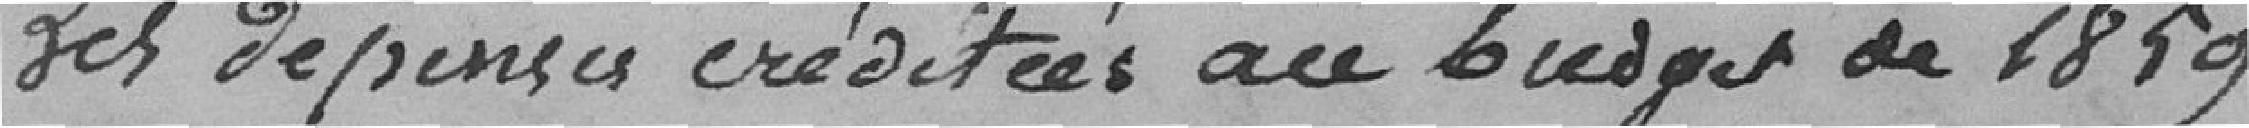
Les dépenses créditées au budget de 1859